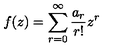
f ( z ) = \sum _ { r = 0 } ^ { \infty } \frac { a _ { r } } { r ! } z ^ { r }